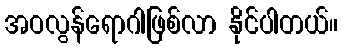
အဝလွန်ရောဂါဖြစ်လာ နိုင်ပါတယ်။